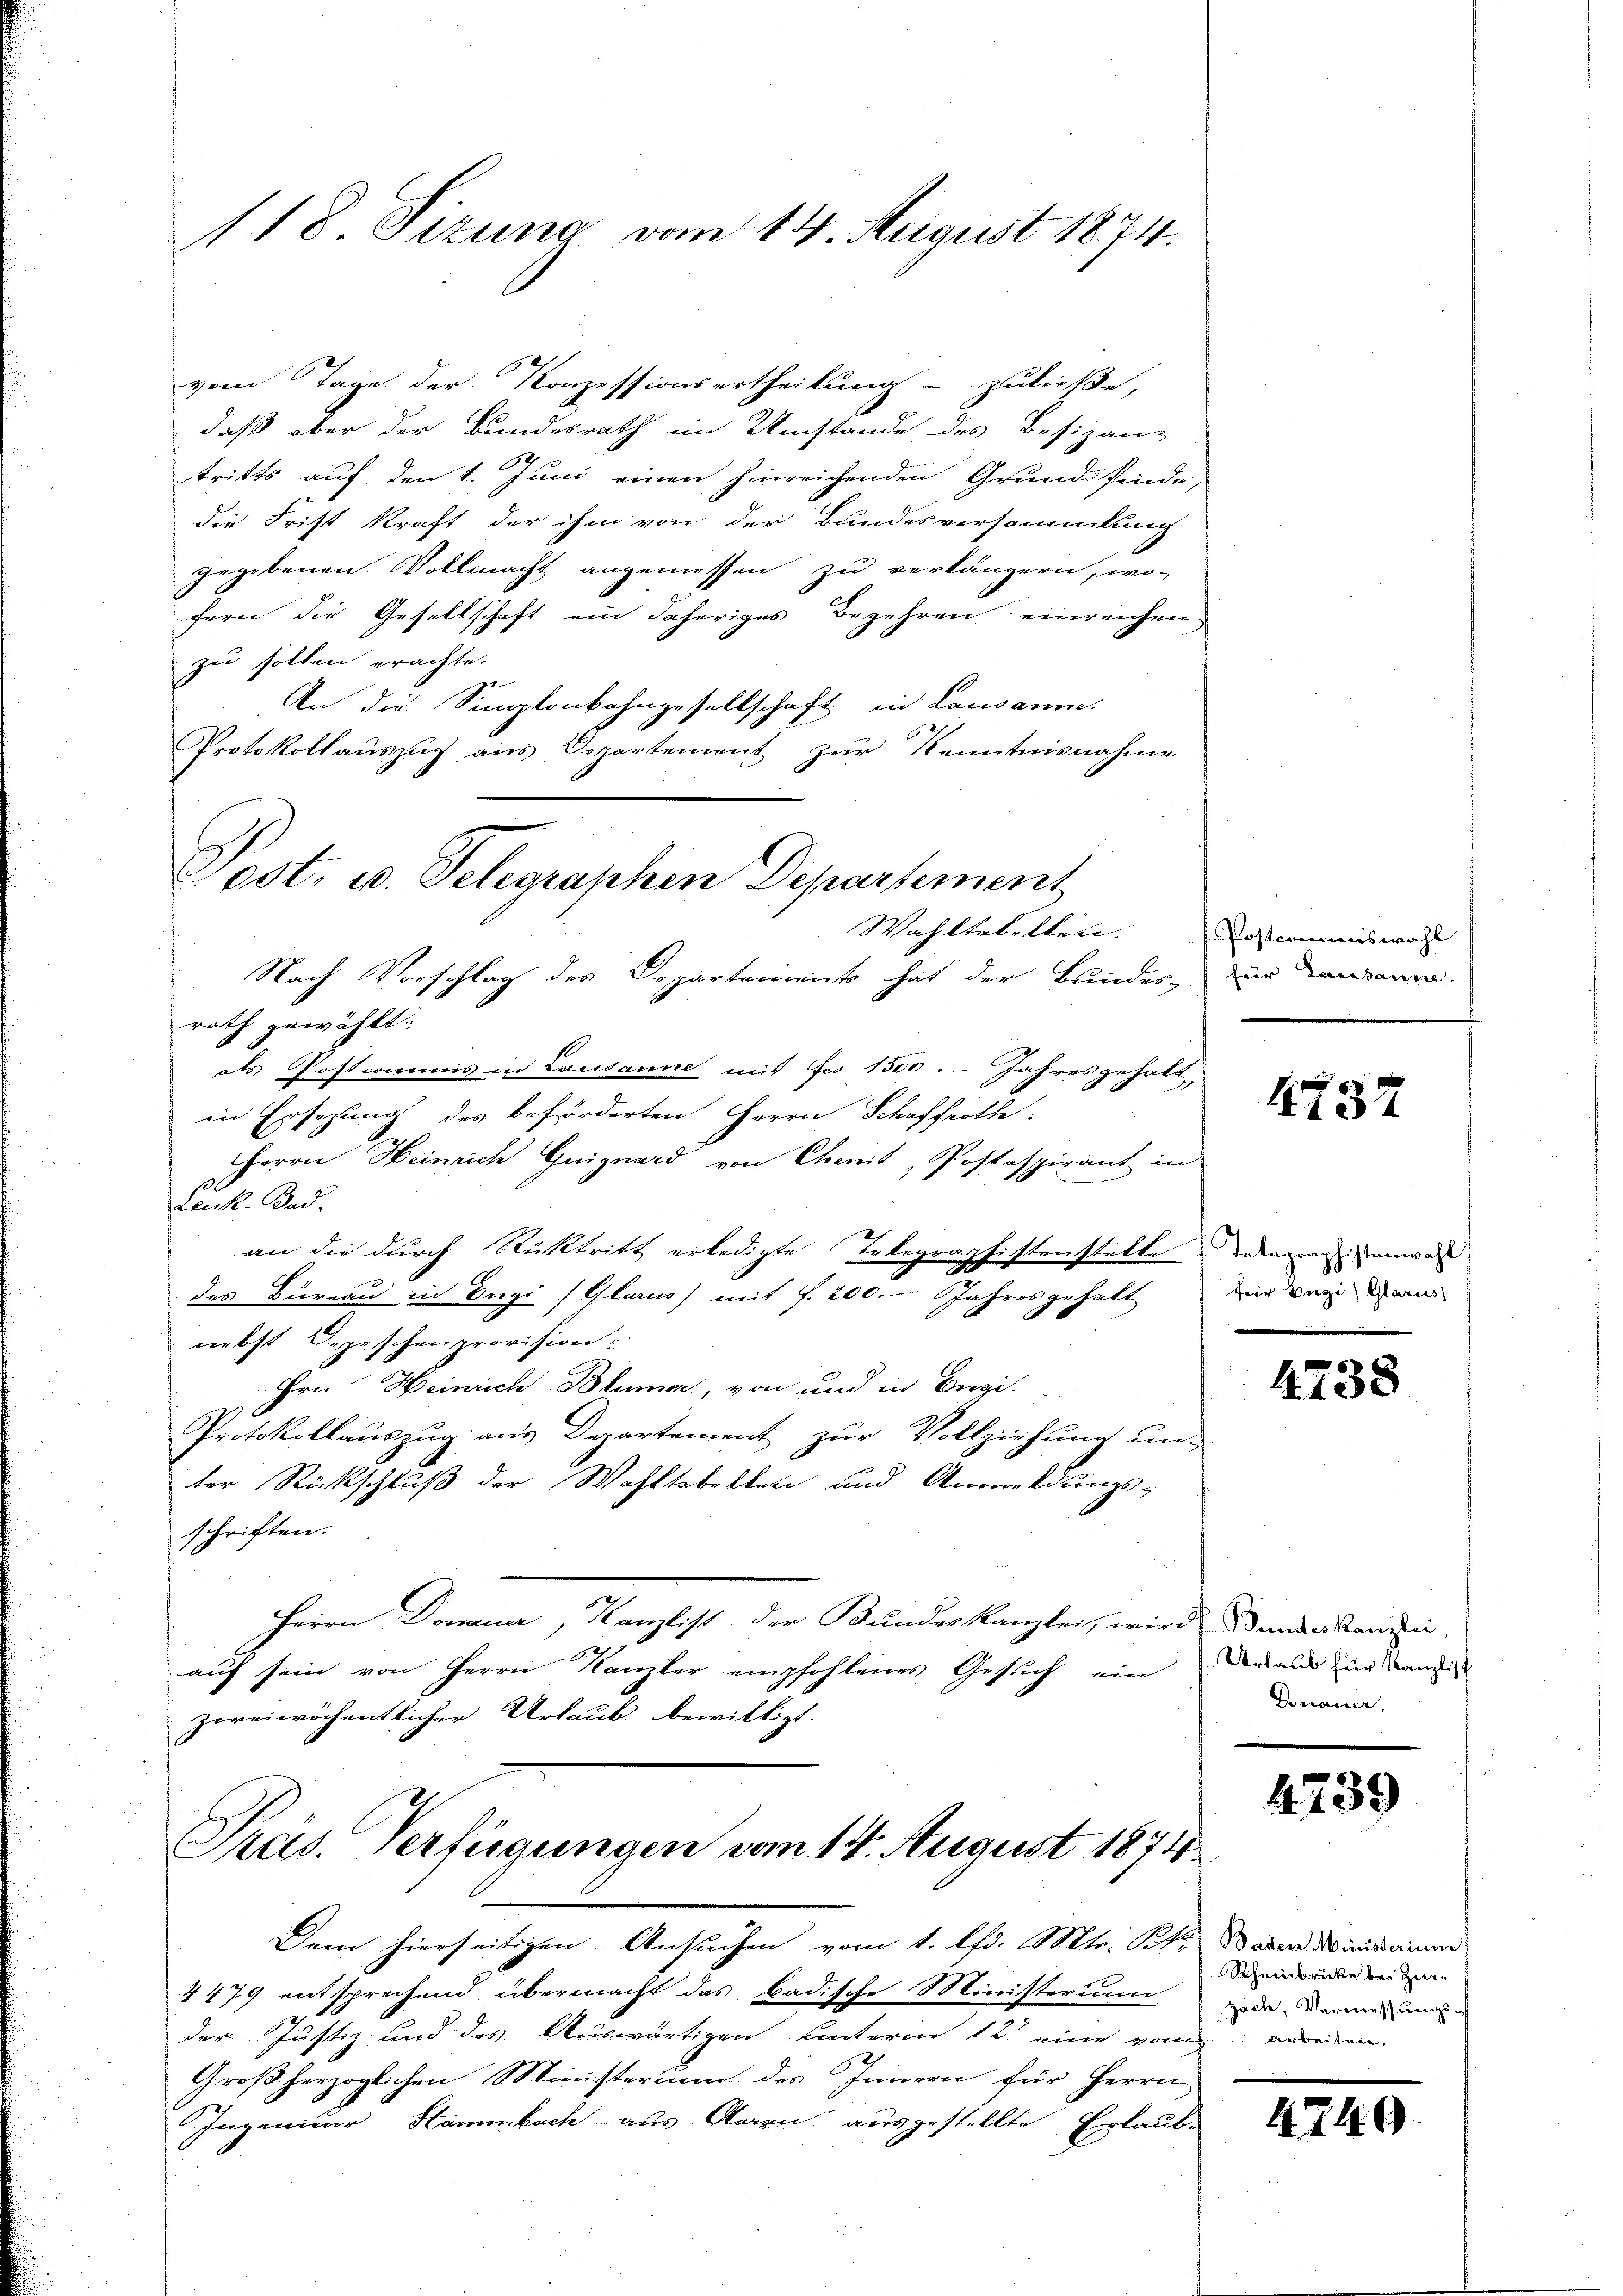
118 Sizung vom 14. August 1874.

vom Tage der Konzessionsertheilung zuließe,
daß aber der Bundesrath im Umstände des Besizan-
tritts auf den 1. Juni einen hinreichenden Grund finde,
die Frist kraft der ihm von der Bundesversammlung
gegebenen Vollmacht angemessen zu verlängern, wo-
fern die Gesellschaft ein daheriges Begehren einreichen
zu sollen erachte.
An die Singtonkahngesellschaft in Lausanne.
Protokollauszug aus Departement zur Kenntnisnahme
Nach Vorschlag des Departements hat der Bundes-
rath gewählt.
des Postcommis in Lausanne mit es 1500. - Jahresgehalt,
in Ersezung des beförderten Herrn Schaffenthe:
Herrn Heinrich Guiguard von Chait, Postaspirant in
Leik. And.
an die durch Rücktritt erledigte Telegraphistenstatte daragrarienwar
des Bureau in Bugi (Glarus) mit f. 200. Jahresgehalt
nebst Depeschenprovision:
Hrn. Heinrich Bluma, von und in Engi-
Protokollauszug aus Departement zur Vollziehung un-
ter Rückschluß der Wahltabellen und Anmeldungsschriften.
Herrn Donauer, Kanzlist der Bundeskanzlei, wird ander kann
auf sein von Herrn Kanzler empfohlenes Gesuch ein
zwreiwöchentlicher Urlaub bewilligt.

Post. u. Telegraphen Departement
Wahltobelten.

Pras. Verfügungen vom 14. August 1874
Dem hierseitigen Ansuchen vom 1. l. Mts. St. Baden Minis eine

4479 entsprechend übermacht das badische Ministerium
der Justiz und des Auswärtigen hinterm 12 eine von worden.
Großherzoglichen Ministerium des Innern für Herrn
Ingenieur Hammbach aus Aarau, ausgestellte Erlaub-

Postcommiswahl
für Leonhause.

4737

für Biegi) Glarus

4738

Urlaub für Kanzlist
Donauer,

4739

Rheinbrücke bei Zie
zach, Vermessungs¬

4749